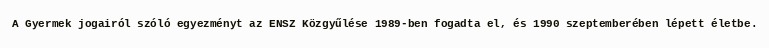
A Gyermek jogairól szóló egyezményt az ENSZ Közgyűlése 1989-ben fogadta el, és 1990 szeptemberében lépett életbe.